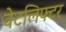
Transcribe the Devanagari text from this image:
वेटलिफ्टर